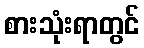
စားသုံးရာတွင်